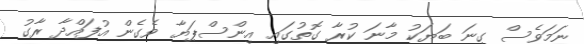
ނަމަވެސް ގިނަ ބަޔަކު މާނަ ކުރާ ގޮތުގައި އިންސްޕަޔާ ވެގެން އުފައްދާ ރާގު